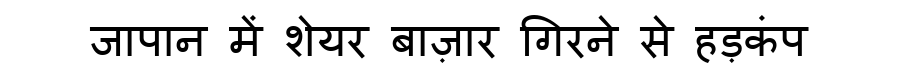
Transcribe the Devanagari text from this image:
जापान में शेयर बाज़ार गिरने से हड़कंप